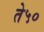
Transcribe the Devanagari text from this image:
ते५०